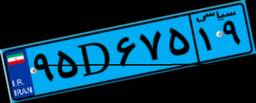
۵۶D۰۱۳۱۰